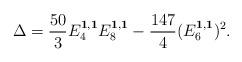
LaTeX: \begin{align*}\Delta = \frac{50}{3}E_4^{\textbf{1},\textbf{1}}E_8^{\textbf{1},\textbf{1}}-\frac{147}{4}(E_6^{\textbf{1},\textbf{1}})^2.\end{align*}